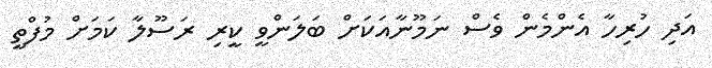
އަދި ހުރިހާ އެންމެން ވެސް ނަމޫނާއަކަށް ބަލަންވީ ކީރި ރަސޫލާ ކަމަށް މުފްތީ